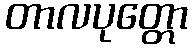
တာလပုတ္တော